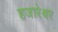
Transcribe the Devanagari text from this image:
हजारेश्वर